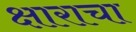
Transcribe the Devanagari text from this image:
क्षाराचा